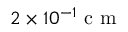
2 \times 1 0 ^ { - 1 } \mathrm { ~ c ~ m ~ }